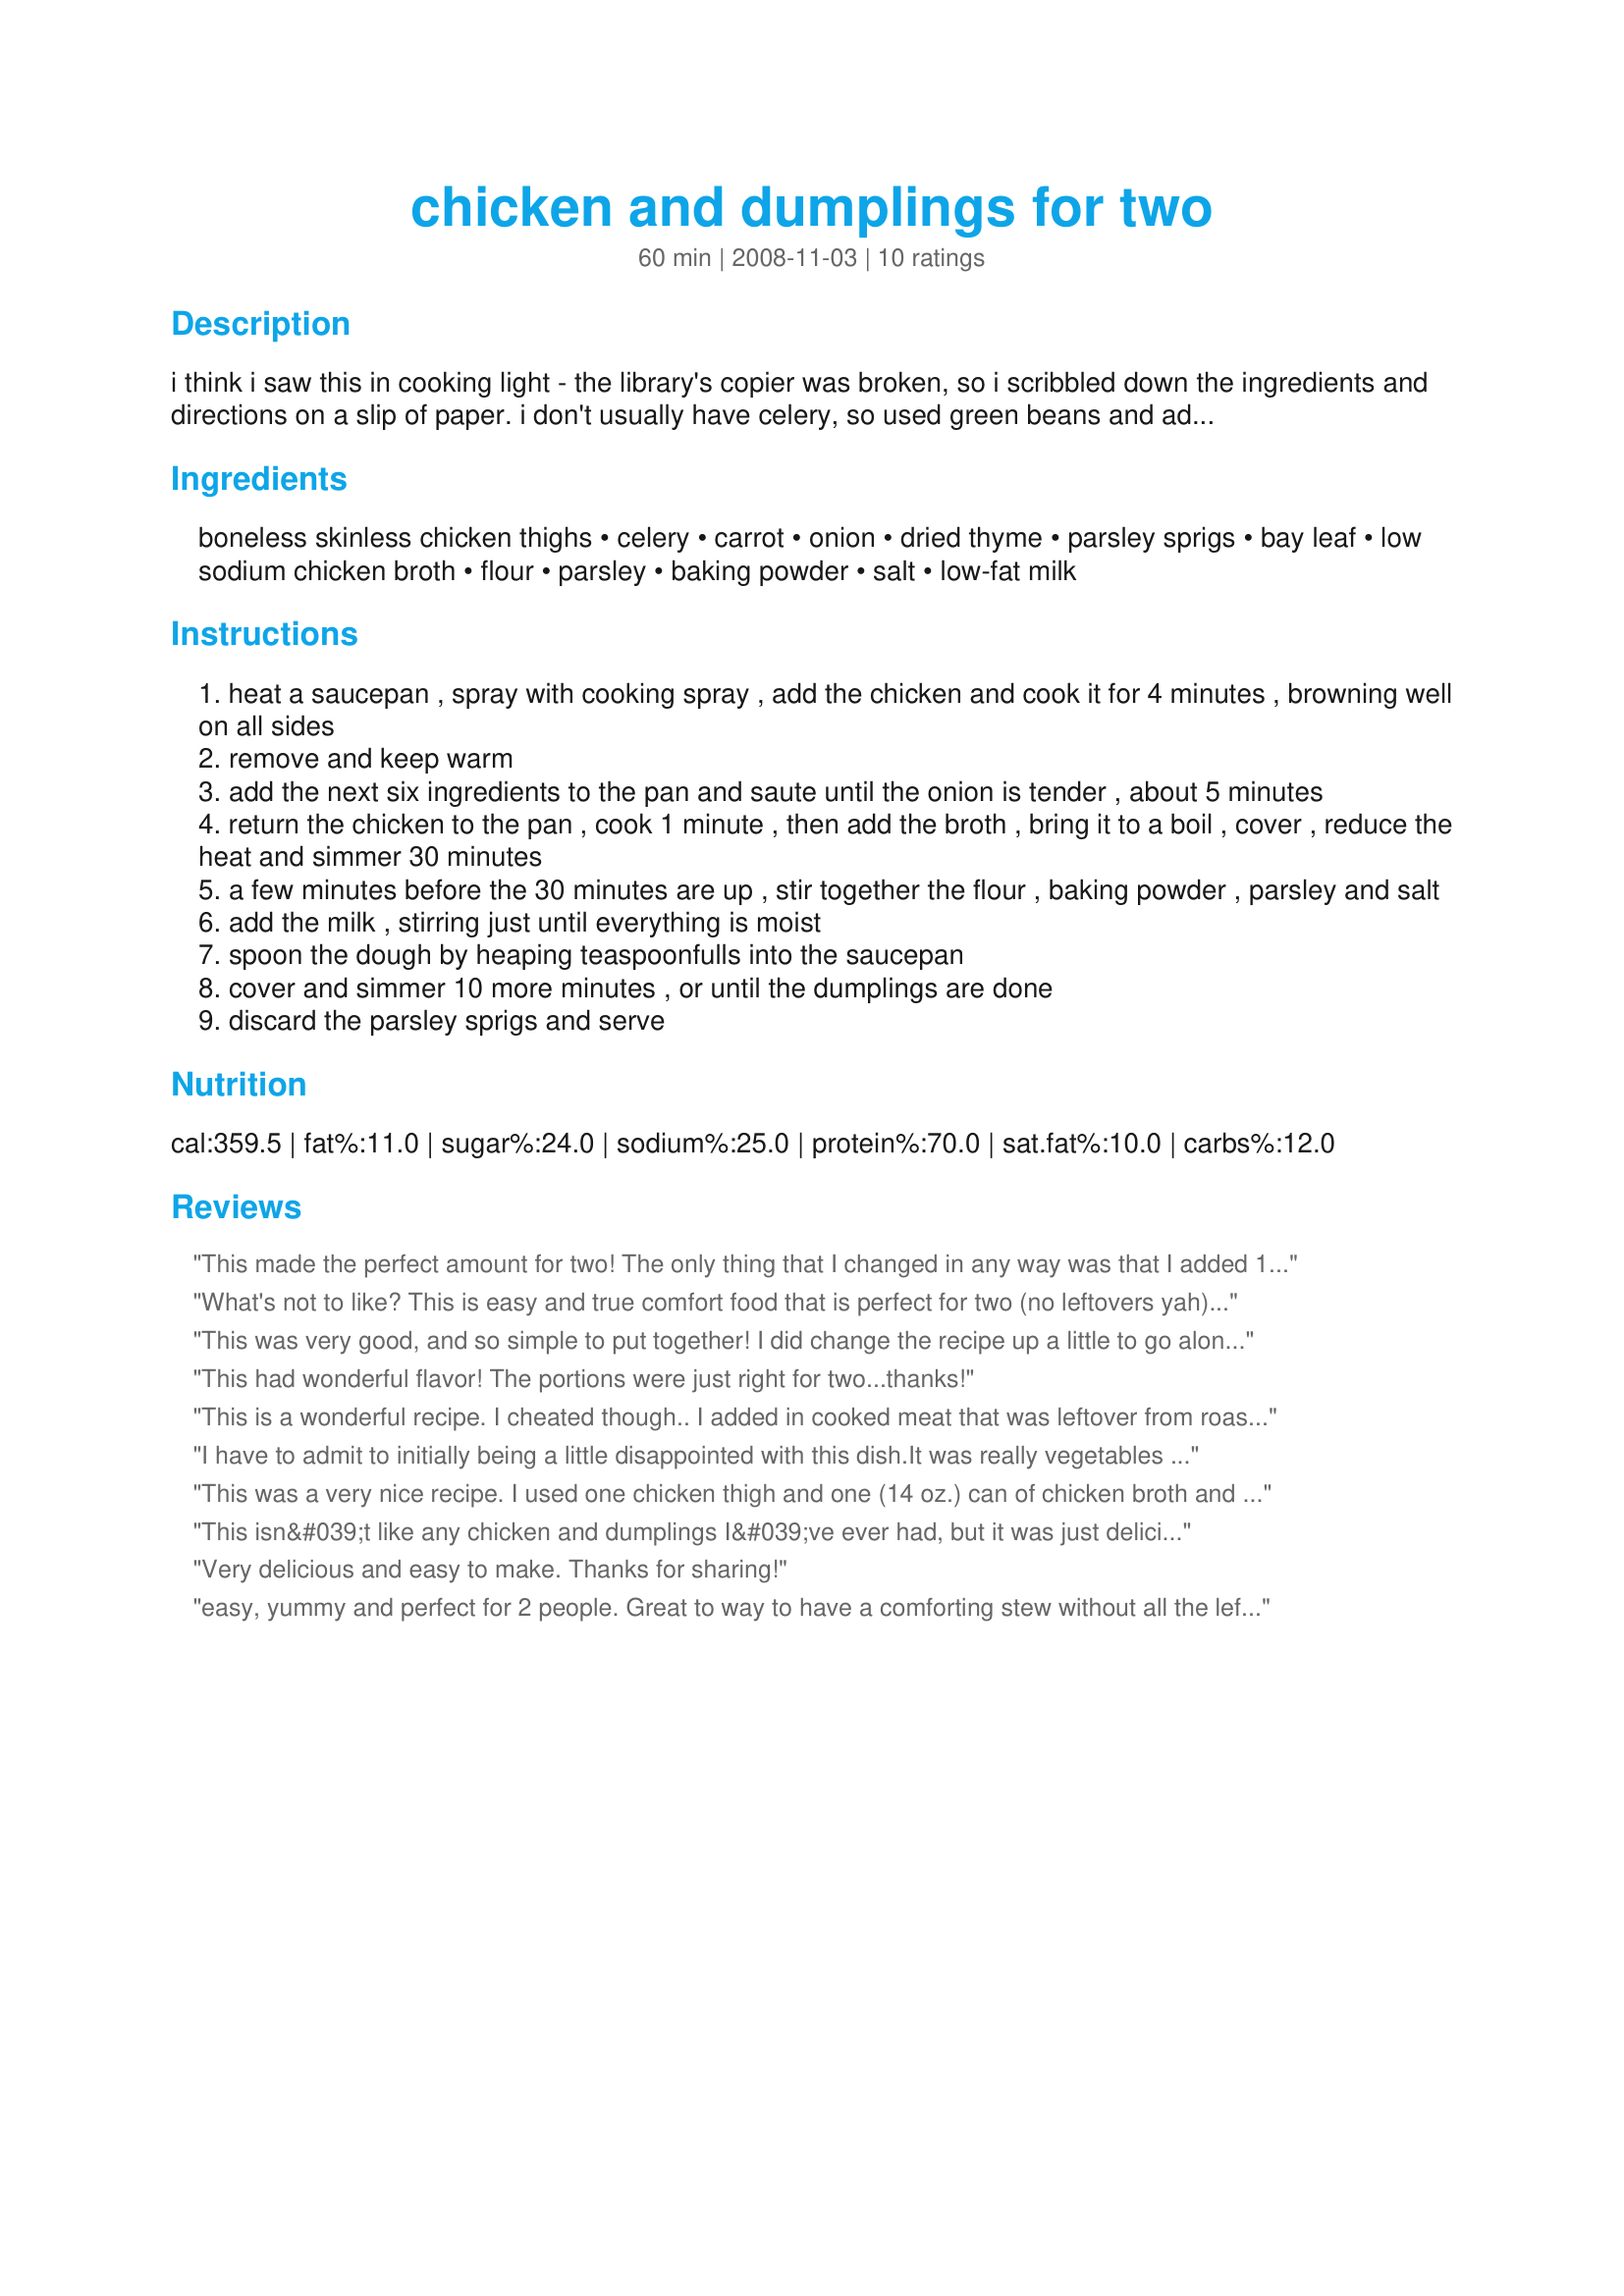
chicken and dumplings for two
Preparation time: 60 minutes

i think i saw this in cooking light - the library's copier was broken, so i scribbled down the ingredients and directions on a slip of paper. i don't usually have celery, so used green beans and added a teaspoonful or so of dry celery leaves for flavor. i've also made it with leftover chicken, added mushrooms, used fresh herbs or different herbs, and made other changes on the fly. i love that it makes a small quantity for those of us with small households. update: i recently served this over hot cooked noodles, and that was another nice way to have this dish.

Ingredients:
boneless skinless chicken thighs, celery, carrot, onion, dried thyme, parsley sprigs, bay leaf, low sodium chicken broth, flour, parsley, baking powder, salt, low-fat milk

Steps:
heat a saucepan , spray with cooking spray , add the chicken and cook it for 4 minutes , browning well on all sides
remove and keep warm
add the next six ingredients to the pan and saute until the onion is tender , about 5 minutes
return the chicken to the pan , cook 1 minute , then add the broth , bring it to a boil , cover , reduce the heat and simmer 30 minutes
a few minutes before the 30 minutes are up , stir together the flour , baking powder , parsley and salt
add the milk , stirring just until everything is moist
spoon the dough by heaping teaspoonfulls into the saucepan
cover and simmer 10 more minutes , or until the dumplings are done
discard the parsley sprigs and serve

Reviews:
This made the perfect amount for two! The only thing that I changed in any way was that I added 1/4 tsp of garlic powder to the dumpling mix and used breast meat. I only used 1/4 of a bay leaf but the ones I have are on the large side. Rich flavored and satisfying. Lovely winter meal.
What's not to like? This is easy and true comfort food that is perfect for two (no leftovers yah). Made as written and would like to try again with the addition of mushrooms. Thanks for the yummy supper.
This was very good, and so simple to put together! I did change the recipe up a little to go along with what I had on hand. I left out the carrot (we don't like them). I used one large bone-in, skin-on chicken breast that I cooked whole and then took out after the 30 minutes of cook time and shredded up and added back to the broth mixture. I increased the chicken broth to about 5 cups because I was afraid it would not cover my chicken completely otherwise, and I ended up having to add a little rice at the end to thicken it up. Also, I used whole milk instead of low-fat. This was just delicious. These are the thick, doughy type dumplings that my husband prefers, so that was nice as well. Thank you so much for sharing, I will definitely make this again!
This had wonderful flavor! The portions were just right for two...thanks!
This is a wonderful recipe. I cheated though.. I added in cooked meat that was leftover from roast chicken that I had to use up. And I added in a small potato and some mushrooms too. The dumplings turned out really fluffy! Thank you, duonyte, for sharing this lovely recipe, this is definitely a keeper. :)
I have to admit to initially being a little disappointed with this dish.It was really vegetables and chicken floating in chicken stock (and a lot of it!).I really couldn't deal with so much liquid,so used some cornflour mixed with some water to thicken it up.It worked,but not quite enough,so I stirred a little of the mashed potato, I was serving it with,into it.This thickened it up to a lovely consistency.
The flavour of the dish was good (I also added some diced leek and some corn to the veg content),and we enjoyed a good warming meal.
Thanks Duonyte.Made for PRMR.
This was a very nice recipe. I used one chicken thigh and one (14 oz.) can of chicken broth and found that to be plenty. I also added 3 oz of canned mushrooms that I had to use up. It was a nice, warming meal. Thanks for sharing!
This isn&#039;t like any chicken and dumplings I&#039;ve ever had, but it was just delicious! I made it exactly as posted, and wish I&#039;d doubled it! I&#039;ll make my dumplings a little smaller next time, but otherwise I wouldn&#039;t change a thing! I plan on making this often. Thanks for sharing! Made for Zaar Stars.
Very delicious and easy to make. Thanks for sharing!
easy, yummy and perfect for 2 people. Great to way to have a comforting stew without all the leftovers.
